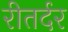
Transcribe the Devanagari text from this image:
रीतर्दर